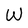
Character: W